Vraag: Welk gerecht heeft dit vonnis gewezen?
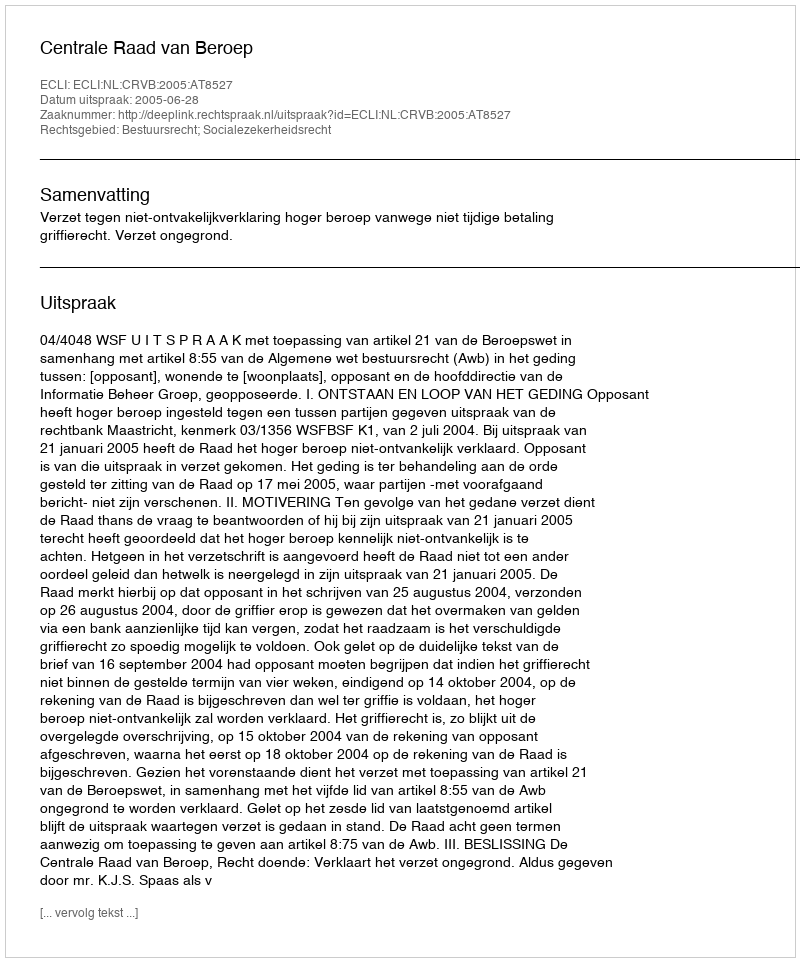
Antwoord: Centrale Raad van Beroep